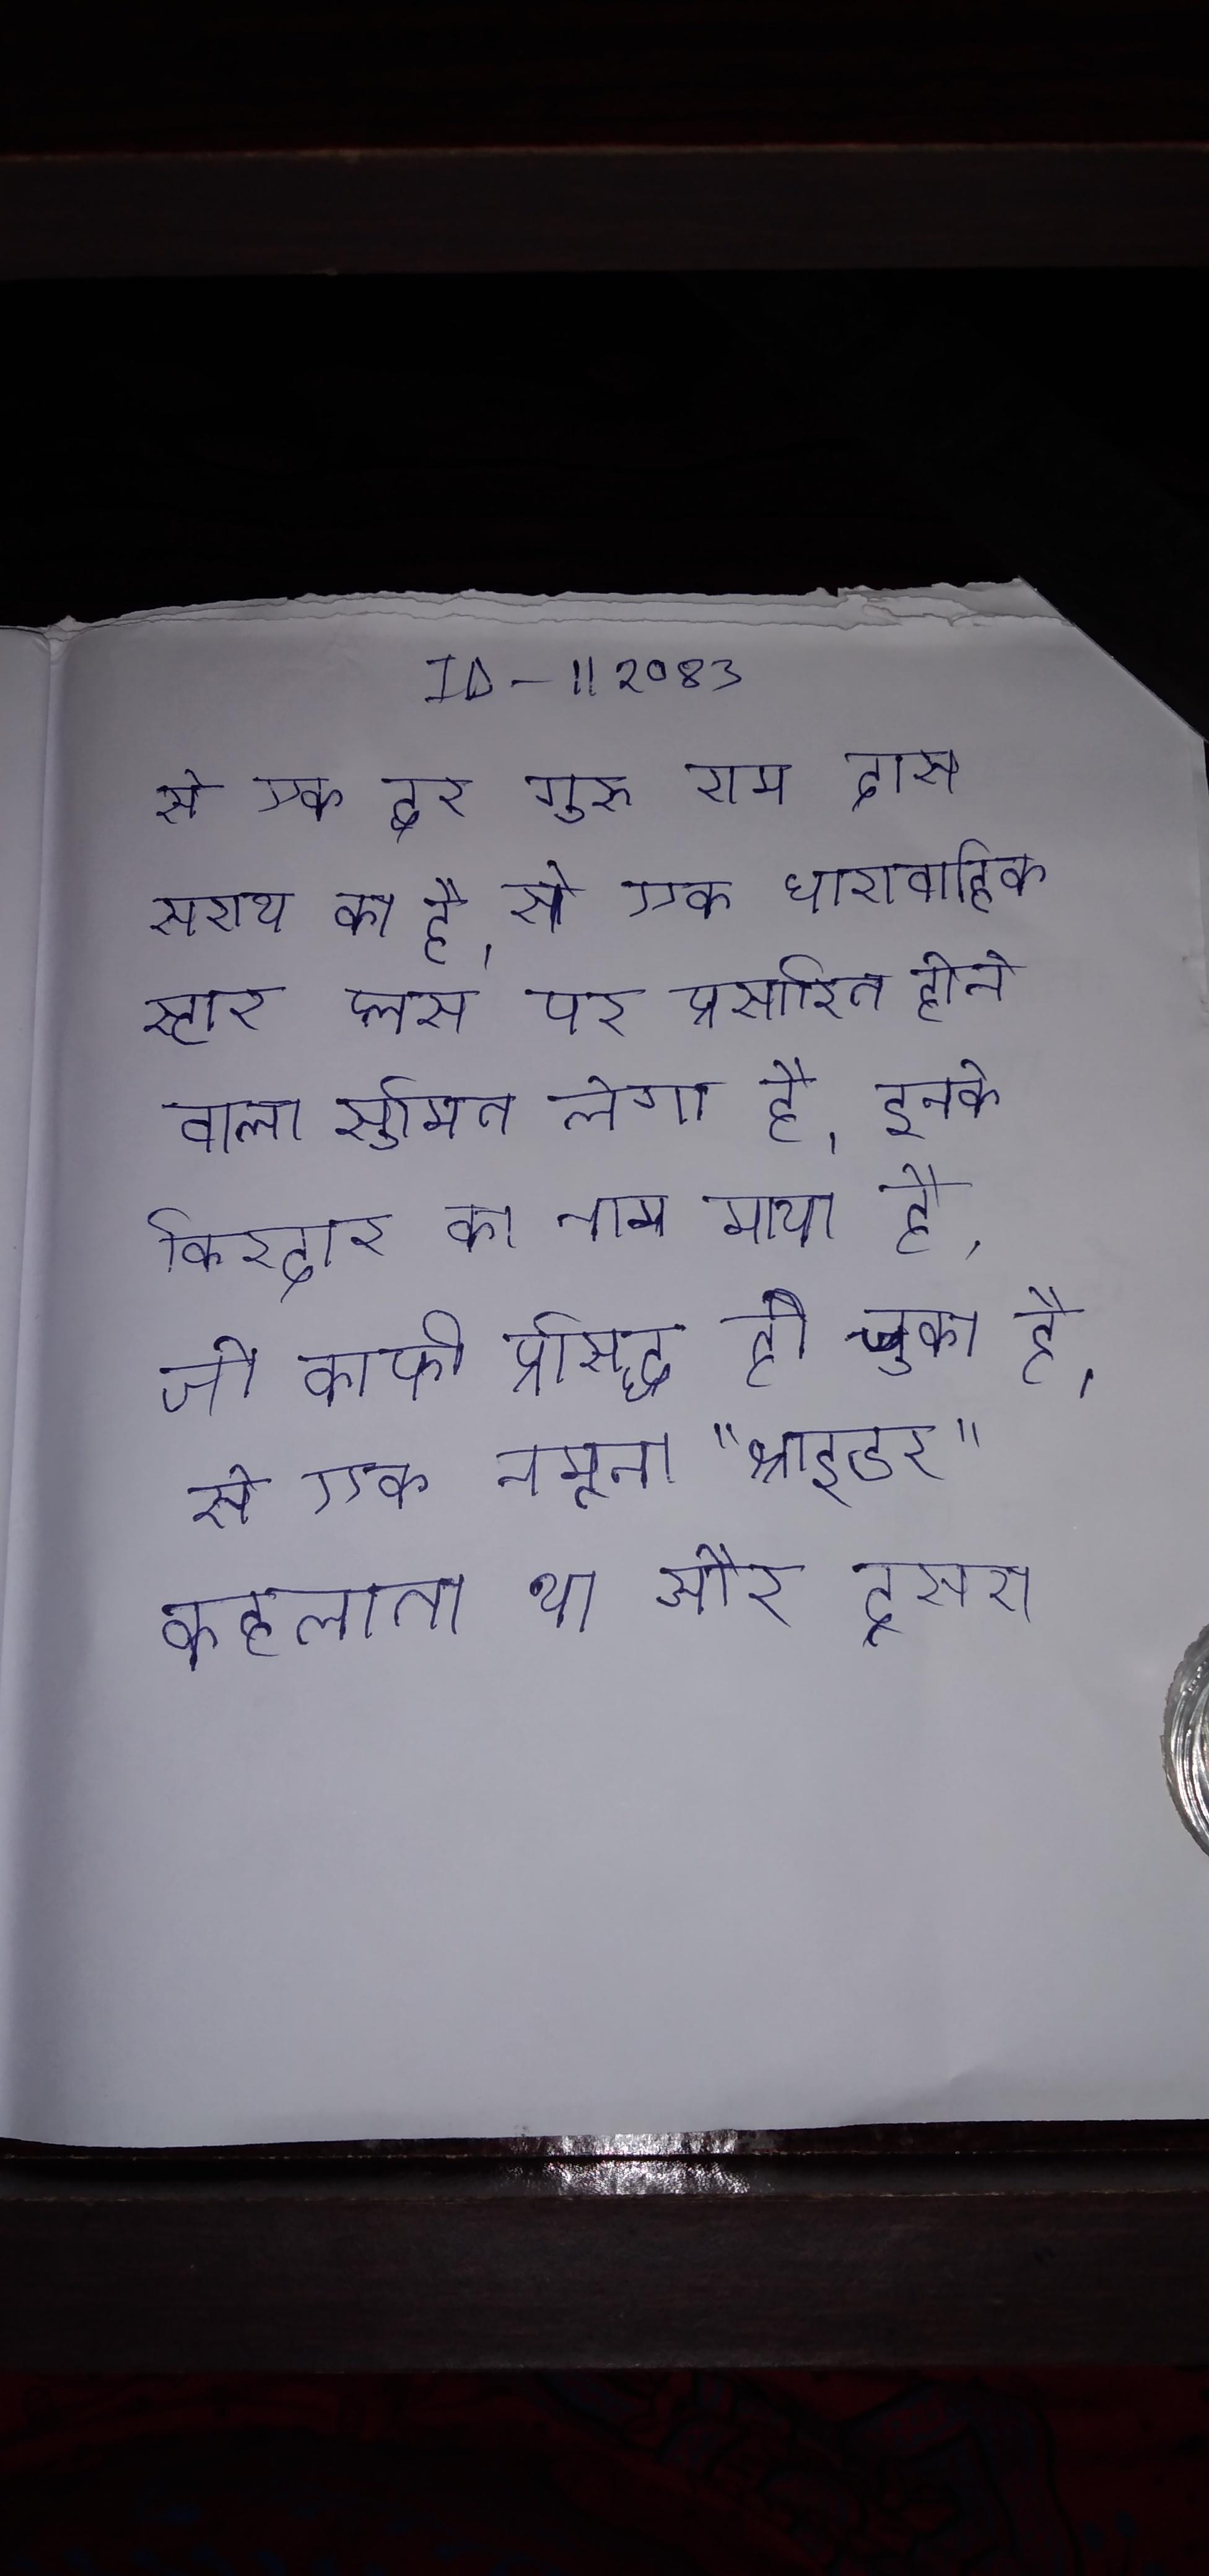
से एक द्वार गुरु राम दास सराय का है । से एक धारावाहिक स्टार प्लस पर प्रसारित होने वाला सुमित लेगा है, इनके किरदार का नाम माया है, जो काफी प्रसिद्ध हो चुका है । से एक नमूना "श्नाइडर" कहलाता था और दूसरा ।